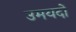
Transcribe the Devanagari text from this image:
उमयदों